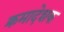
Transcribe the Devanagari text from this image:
क्रमादेशक